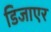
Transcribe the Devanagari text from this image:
डिजाएर